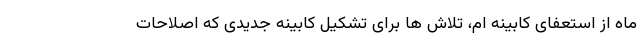
ماه از استعفای کابینه ام، تلاش ها برای تشکیل کابینه جدیدی که اصلاحات